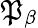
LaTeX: \mathfrak{P}_{\beta}